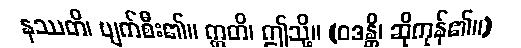
နဿတိ၊ ပျက်စီး၏။ ဣတိ၊ ဤသို့။ (ဝဒန္တိ၊ ဆိုကုန်၏။)